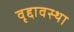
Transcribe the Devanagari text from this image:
वृद्दावस्था